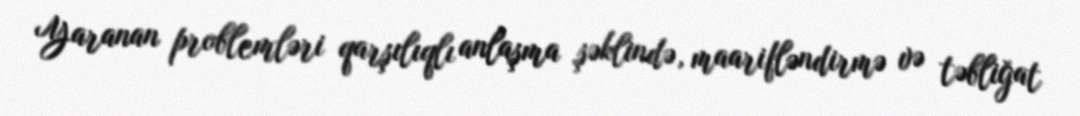
Yaranan problemləri qarşılıqlı anlaşma şəklində, maarifləndirmə və təbliğat